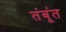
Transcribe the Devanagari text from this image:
तंबूंत